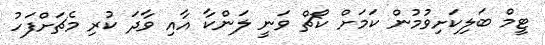
ޓީމް ބަލިކަށިވުމުން ކަމަށް ކޯޗް ވަނީ ލަންކާ އާއި ވާދަ ކުރި މެޗަށްފަހު